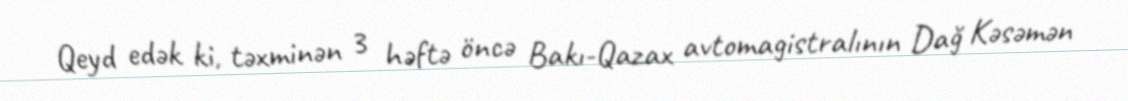
Qeyd edək ki, təxminən 3 həftə öncə Bakı-Qazax avtomagistralının Dağ Kəsəmən